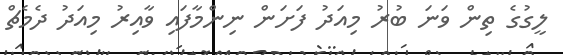
ލީގުގެ ތިން ވަނަ ބުރު މިއަދު ފަށަން ނިންމާފައި ވާއިރު މިއަދު ދެމެޗް